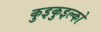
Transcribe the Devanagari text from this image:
कुइकुइल्को